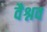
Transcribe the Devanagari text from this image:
वैश्नव